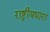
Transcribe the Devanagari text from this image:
राष्ट्रीयधारा